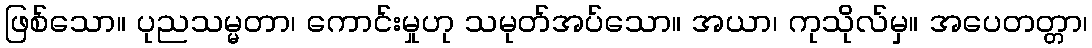
ဖြစ်သော။ ပုညသမ္မတာ၊ ကောင်းမှုဟု သမုတ်အပ်သော။ အယာ၊ ကုသိုလ်မှ။ အပေတတ္တာ၊